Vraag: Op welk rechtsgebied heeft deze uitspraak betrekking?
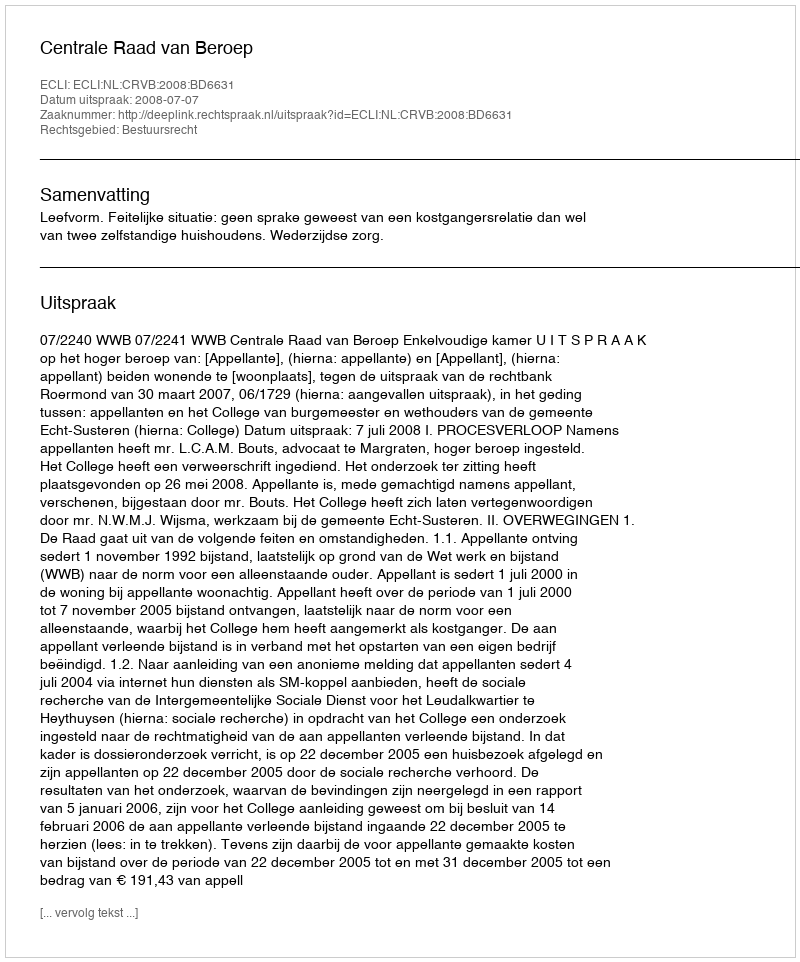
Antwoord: Bestuursrecht